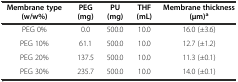
<table><thead><tr><td><b>Membrane type (w/w%)</b></td><td><b>PEG (mg)</b></td><td><b>PU (mg)</b></td><td><b>THF (mL)</b></td><td><b>Membrane thickness (μm)<sup>a</sup></b></td></tr></thead><tbody><tr><td>PEG 0%</td><td>0.0</td><td>500.0</td><td>10.0</td><td>16.0 (±3.6)</td></tr><tr><td>PEG 10%</td><td>61.1</td><td>500.0</td><td>10.0</td><td>12.7 (±1.2)</td></tr><tr><td>PEG 20%</td><td>137.5</td><td>500.0</td><td>10.0</td><td>11.3 (±0.1)</td></tr><tr><td>PEG 30%</td><td>235.7</td><td>500.0</td><td>10.0</td><td>14.0 (±0.1)</td></tr></tbody></table>